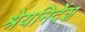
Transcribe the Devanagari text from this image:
श्रेयनिर्देश